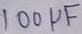
Text: 100µF